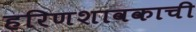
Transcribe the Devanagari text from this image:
हरिणशावकाची